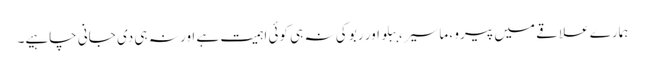
ہمارے علاقے میں پیرو ، ماسیر ، ببلو اور ربو کی نہ ہی کوئی اہمیت ہے اور نہ ہی دی جانی چاہیے۔